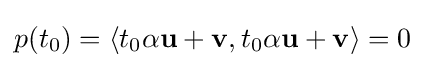
p(t_{0})=\langle t_{0}\alpha \mathbf {u} +\mathbf {v} ,t_{0}\alpha \mathbf {u} +\mathbf {v} \rangle =0